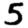
Digit: 5